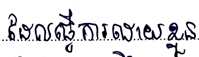
ដែលធ្វើការដោយខ្លួន